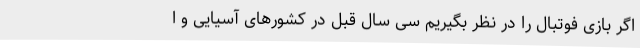
اگر بازی فوتبال را در نظر بگیریم سی سال قبل در کشورهای آسیایی و ا